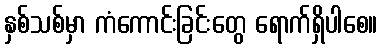
နှစ်သစ်မှာ ကံကောင်းခြင်းတွေ ရောက်ရှိပါစေ။